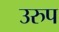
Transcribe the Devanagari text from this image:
उरुप